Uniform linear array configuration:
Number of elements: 16
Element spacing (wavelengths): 1
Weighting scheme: uniform
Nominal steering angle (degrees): -60
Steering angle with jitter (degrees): -60.132
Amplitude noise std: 0.05
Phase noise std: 0.05

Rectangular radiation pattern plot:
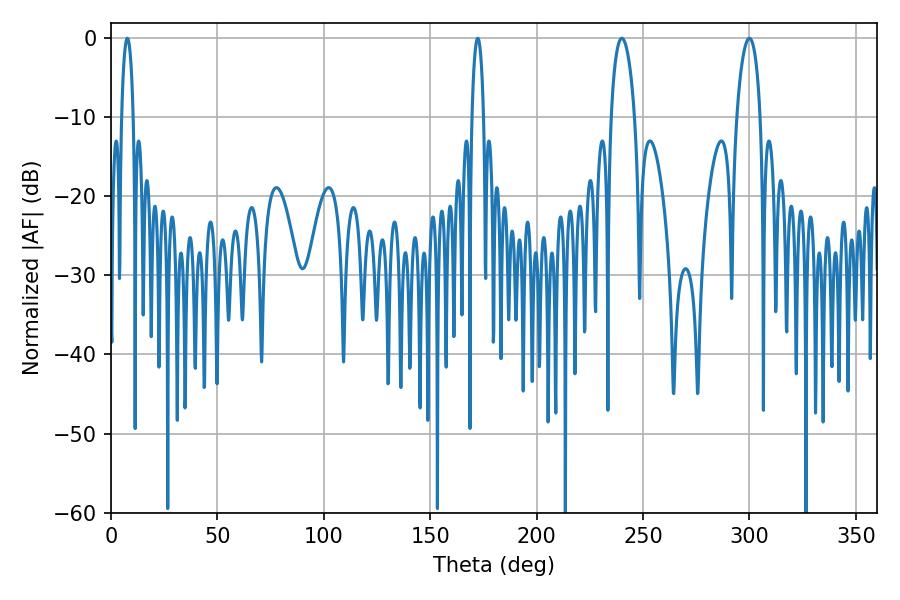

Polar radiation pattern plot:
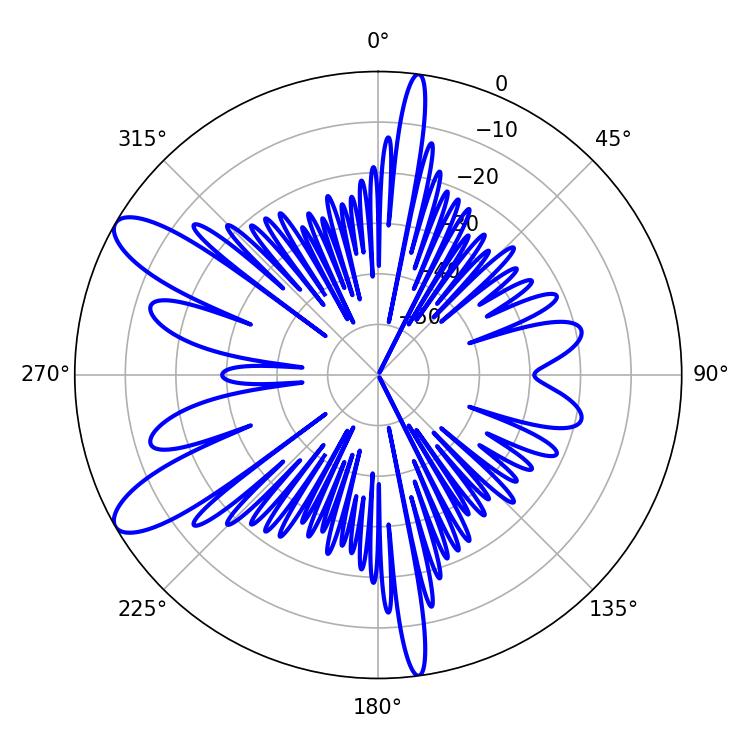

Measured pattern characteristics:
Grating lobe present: TRUE
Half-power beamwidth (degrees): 6.3
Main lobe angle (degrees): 299.88